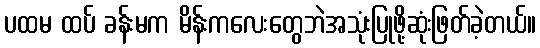
ပထမ ထပ် ခန်းမက မိန်းကလေးတွေဘဲအသုံးပြုဖို့ဆုံးဖြတ်ခဲ့တယ်။